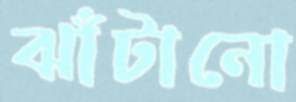
ঝাঁটানো